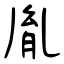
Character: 胤